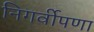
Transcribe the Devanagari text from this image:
निगर्वीपणा